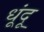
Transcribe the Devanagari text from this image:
धूंदू